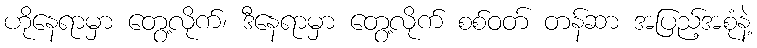
ဟိုနေရာမှာ တွေ့လိုက်၊ ဒီနေရာမှာ တွေ့လိုက် စစ်ဝတ် တန်ဆာ အပြည့်အစုံနဲ့